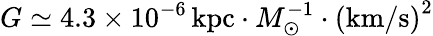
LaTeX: G\simeq 4.3\times 10^{-6}\, \mathrm{kpc}\cdot M_{\odot}^{-1}\cdot\left(\mathrm{km/s}\right)^{2}